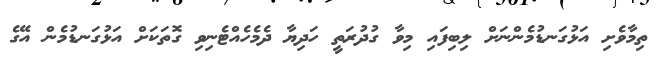
ތިމާވެށި އަޅުގަނޑުމެންނަށް ލިބިފައި މިވާ ގުދުރަތީ ހަދިޔާ ދެމެހެއްޓެނިވި ގޮތަކަށް އަޅުގަނޑުމެން އޭގެ